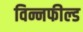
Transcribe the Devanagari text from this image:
विन्नफील्ड